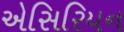
એસિરિયન